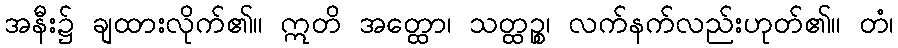
အနီး၌ ချထားလိုက်၏။ ဣတိ အတ္ထော၊ သတ္ထဉ္စ၊ လက်နက်လည်းဟုတ်၏။ တံ၊